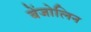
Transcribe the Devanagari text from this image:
बेंजोलिन